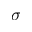
\sigma